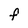
Character: F